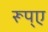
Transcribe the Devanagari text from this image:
रूप्ए